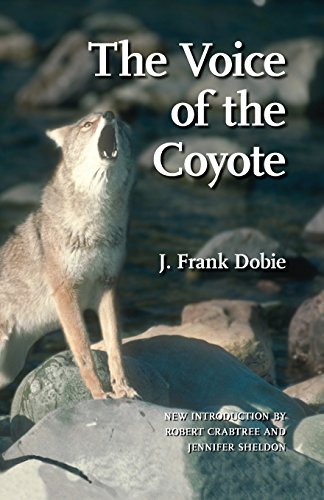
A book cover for The Voice of the Coyote, Second Edition; J. Frank Dobie; Sports & Outdoors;